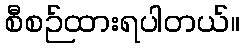
စီစဉ်ထားရပါတယ်။